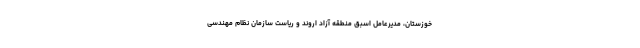
خوزستان، مدیرعامل اسبق منطقه آزاد اروند و ریاست سازمان نظام مهندسی